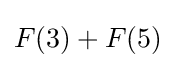
F(3)+F(5)